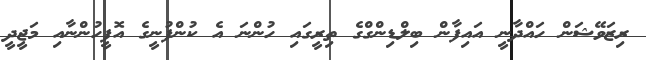
ރިޒަވޭޝަން ހައްދާނީ އައިފާން ބިލްޑިންގްގެ ތިރީގައި ހުންނަ އެ ކުންފުނީގެ އޮފީހުންނާއި މަޖީދީ